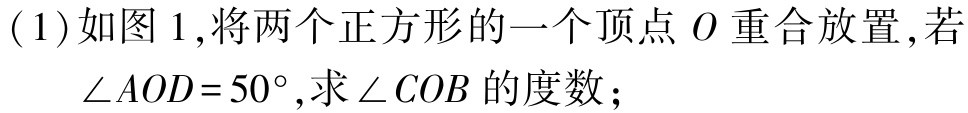
(1)如图1,将两个正方形的一个顶点\(O\)重合放置,若\(\angle AOD = 50^{\circ}\),求\(\angle COB\)的度数；